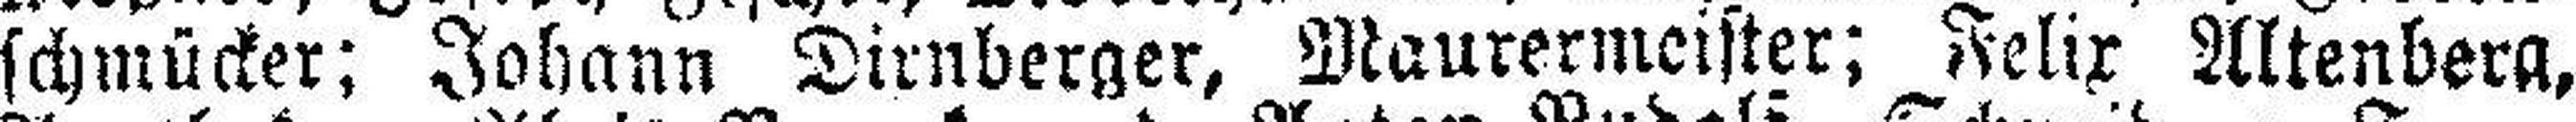
schmücker; Johann Dirnberger, Maurermeister; Felix Altenberg,